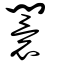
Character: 闤